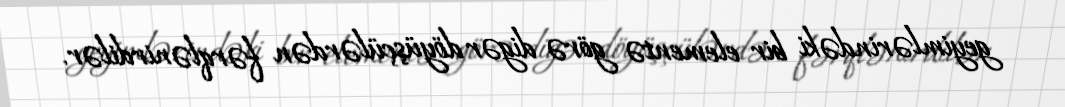
geyimlərindəki bir elementə görə digər döyüşçülərdən fərqlənirdilər.